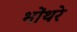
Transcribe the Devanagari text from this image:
भोंथरे